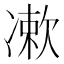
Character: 𠘂